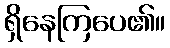
ရှိနေကြပေ၏။